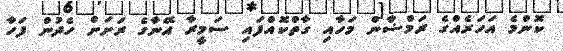
ކޮންމެ އަހަރެއްގެ ރަމްޟާން މަހާއި ގާތްކޮއްފައި ސަމީރާ އޭނާގެ ރަށަށް ހެދުން ފަހާ